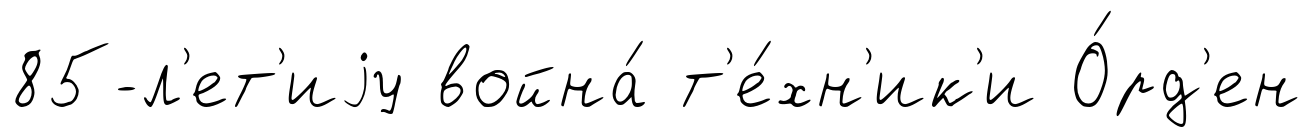
85-л'ет'иjу война́ т'е́хн'ик'и О́рд'ен